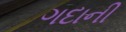
ગદાની